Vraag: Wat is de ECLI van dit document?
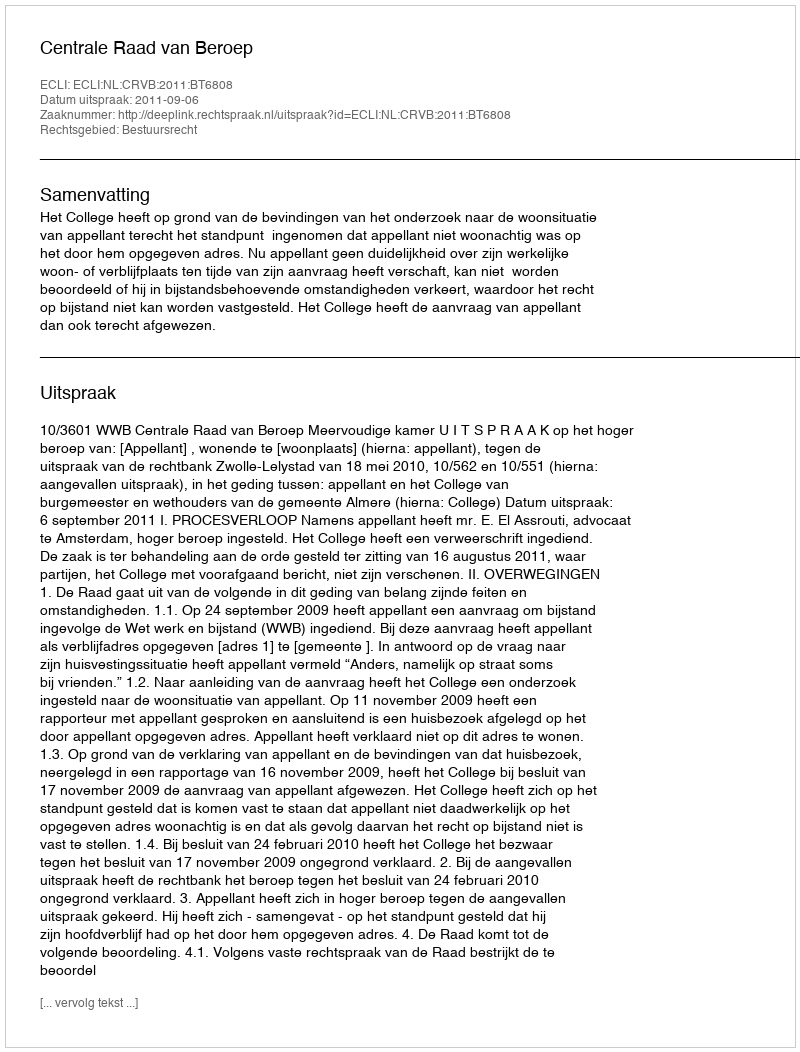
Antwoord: ECLI:NL:CRVB:2011:BT6808